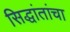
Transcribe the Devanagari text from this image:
सिद्धांतांचा